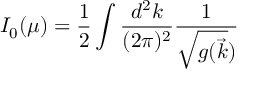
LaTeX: I _ { 0 } ( \mu ) = { \frac { 1 } { 2 } } \int \frac { d ^ { 2 } k } { ( 2 \pi ) ^ { 2 } } \frac { 1 } { \sqrt { g ( \vec { k } } ) }